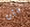
بأن